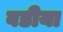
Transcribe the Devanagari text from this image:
वडीया